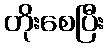
တိုးစေပြီး